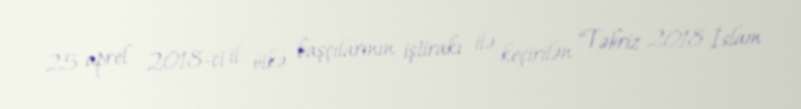
25 aprel 2018-ci il ölkə başçılarının iştirakı ilə keçirilən “Təbriz 2018 İslam